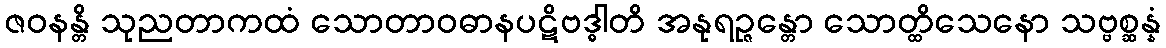
ဇဝနန္တိ သုညတာကထံ သောတာဝဓာနပဋိဗဒ္ဓါတိ အနုရဉ္ဇန္တော သောတ္ထိသေနော သဗ္ဗစ္ဆန္နံ